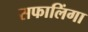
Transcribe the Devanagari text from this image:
सफालिंगा